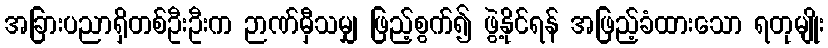
အခြားပညာရှိတစ်ဦးဦးက ဉာဏ်မှီသမျှ ဖြည့်စွက်၍ ဖွဲ့နိုင်ရန် အဖြည့်ခံထားသော ရတုမျိုး